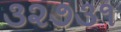
૩૨૭૩૧